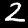
Label: 2